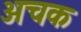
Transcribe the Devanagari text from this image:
अचक